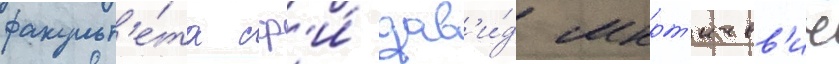
факульт'е́та сф'и́ дав'и́д мкрт'ичев'ич